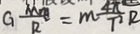
G \frac { M _ { m } } { R ^ { 2 } } = m \frac { 4 \pi } { T ^ { 2 } } R